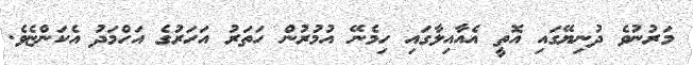
މަރުނުވެ ދުނިޔޭގައި އޮތީ އެއާއިލާގައި ހިމެނޭ އުމުރުން ހަތަރު އަހަރުގެ އަހްމަދު އެކަންޏެވެ.